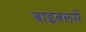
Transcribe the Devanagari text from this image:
बाइबलमें